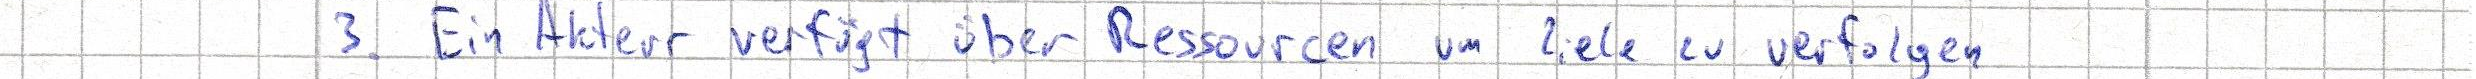
3. Ein Akteur verfügt über Ressourcen um Ziele zu verfolgen